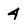
Character: 4